Indian journal of veterinary science and animal husbandry - Volume 1,
Year: 1931
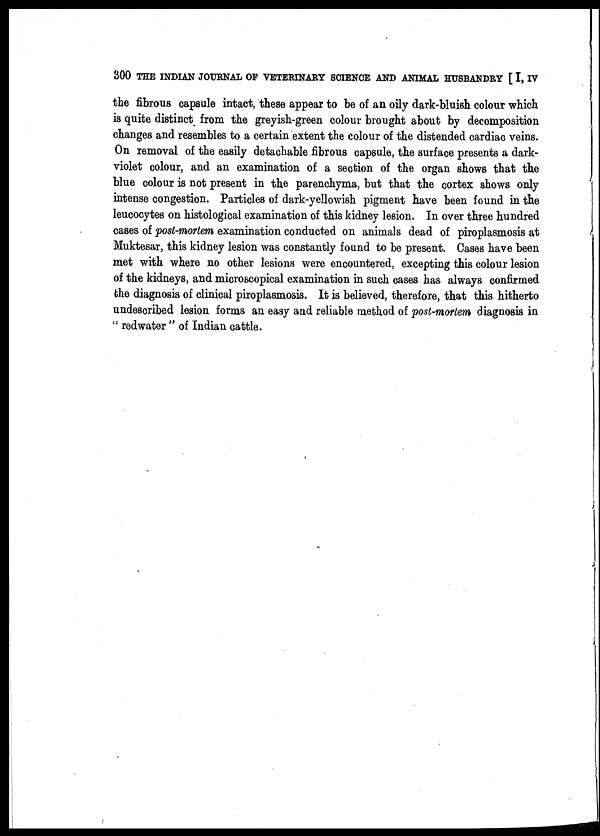
300 THE INDIAN JOURNAL OF VETERINARY SCIENCE AND ANIMAL HUSBANDRY [ I, IV
the fibrous capsule intact, these appear to be of an oily dark-bluish colour which
is quite distinct from the greyish-green colour brought about by decomposition
changes and resembles to a certain extent the colour of the distended cardiac veins.
On removal of the easily detachable fibrous capsule, the surface presents a dark-
violet colour, and an examination of a section of the organ shows that the
blue colour is not present in the parenchyma, but that the cortex shows only
intense congestion. Particles of dark-yellowish pigment have been found in the
leucocytes on histological examination of this kidney lesion. In over three hundred
cases of post-mortem examination conducted on animals dead of piroplasmosis at
Muktesar, this kidney lesion was constantly found to be present. Cases have been
met with where no other lesions were encountered, excepting this colour lesion
of the kidneys, and microscopical examination in such cases has always confirmed
the diagnosis of clinical piroplasmosis. It is believed, therefore, that this hitherto
undescribed lesion forms an easy and reliable method of post-mortem diagnosis in
" redwater " of Indian cattle.